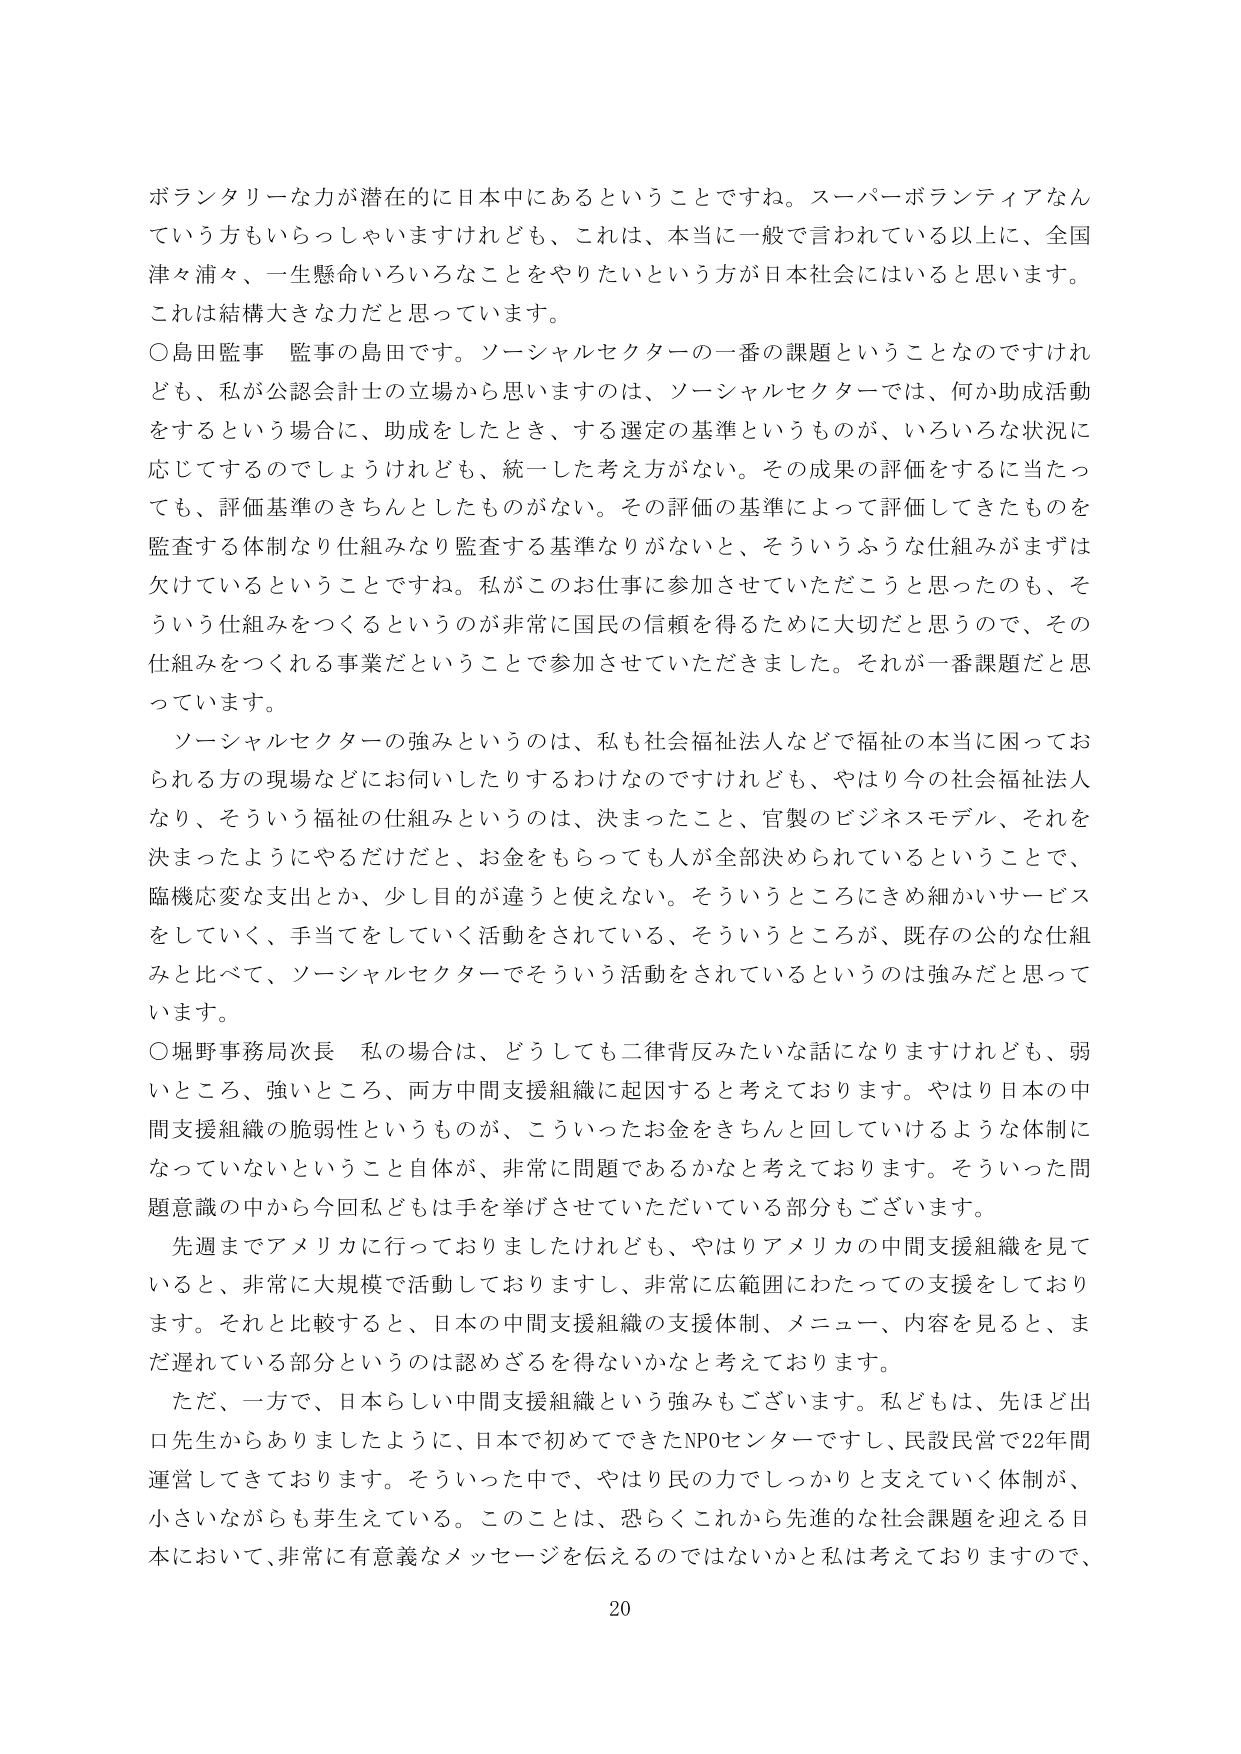
ボランタリーな力が潜在的に日本中にあるということですね。スーパーボランティアなんていう方もいらっしゃいますけれども、これは、本当に一般に言われている以上に、全国津々浦々、一生懸命いろいろなことをやりたいという方が日本社会にはいると思います。これは結構大きな力だと思っています。

○島田監事　監事の島田です。ソーシャルセクターの一番の課題ということなのですがけれども、私が公認会計士の立場から思いますのは、ソーシャルセクターでは、何か助成活動をするという場合に、助成をしたとき、する選定の基準というものが、いろいろな状況に応じてするのでしょうけれども、統一した考え方がない。その成果の評価をするに当たっても、評価基準のきちんとしたものがない。その評価の基準によって評価してきたものを監査する体制なり仕組みなり監査する基準なりがないと、そういうふうな仕組みがまずは欠けているということですね。私がこのお仕事に参加させていただこうと思ったのも、そういう仕組みをつくるというのが非常に国民の信頼を得るために大切だと思うので、その仕組みをつくれる事業だということで参加させていただきました。それが一番課題だと思っています。

ソーシャルセクターの強みというのは、私も社会福祉法人などで福祉の本当に困っておられる方の現場などにお伺いしたりするわけなのですがけれども、やはり今の社会福祉法人なり、そういう福祉の仕組みというのは、決まったこと、官製のビジネスモデル、それを決まったようにやるだけだと、お金をもらっても人が全部決められているということで、臨機応変な支出とか、少し目的が違うと使えない。そういうところにきめ細かいサービスをしていく、手当てをしていく活動をされている、そういうところが、既存の公的な仕組みと比べて、ソーシャルセクターでそういう活動をされているというのは強みだと思っています。

○堀野事務局次長　私の場合は、どうしても二律背反みたいな話になりますけれども、弱いところ、強いところ、両方中間支援組織に起因すると考えております。やはり日本の中間支援組織の脆弱性というものが、こういったお金をきちんと回していけるような体制になっていないということ自体が、非常に問題であるかなと考えております。そういった問題意識の中から今回私どもは手を挙げさせていただいている部分もございます。

先週までアメリカに行っておりましたけれども、やはりアメリカの中間支援組織を見ていると、非常に大規模で活動しておりますし、非常に広範囲にわたっての支援をしております。それと比較すると、日本の中間支援組織の支援体制、メニュー、内容を見ると、まだ遅れている部分というのは認めざるを得ないかなと考えております。

ただ、一方で、日本らしい中間支援組織という強みもございます。私どもは、先ほど出口先生からありましたように、日本で初めてできたNPOセンターですし、民設民営で22年間運営してきております。そういった中で、やはり民の力でしっかりと考えていく体制が、小さいながらも芽生えている。このことは、恐らくこれから先進的な社会課題を迎える日本において、非常に有意義なメッセージを伝えるのではないかと私は考えておりますので、

20